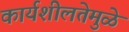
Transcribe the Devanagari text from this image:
कार्यशीलतेमुळे